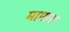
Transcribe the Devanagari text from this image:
मामारा